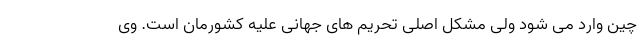
چین وارد می شود ولی مشکل اصلی تحریم های جهانی علیه کشورمان است. وی